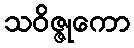
သဝိဇ္ဇုကော